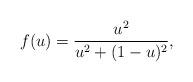
LaTeX: \begin{align*} f(u) = \frac{u^2}{u^2+(1-u)^2},\end{align*}